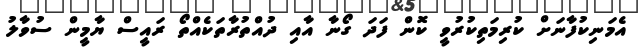
އެމަނިކުފާނަށް ކުރިމަތިކުރުވީ ކޮން ފަދަ ގޯނާ އާއި ދުއްތުރާތަކެއްތޯ ރައީސް ޔާމީން ސުވާލު